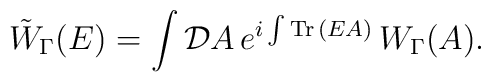
\tilde{W}_\Gamma(E)=\int {\mathcal D}A \, e^{i \int {\rm Tr}\,  (EA)} \, W_\Gamma(A).